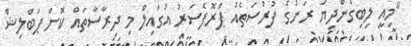
"މިއީ ލިބިގެންދިޔަ ރަނުގެ ފުރުސަތެއް ޕްރޮފެސަރު އުގައިލް މި ދިރާސާތައް ކޮށް ޕަބްލިޝް